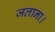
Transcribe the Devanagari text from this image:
जलाना।